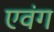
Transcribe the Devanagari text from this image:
एवंग